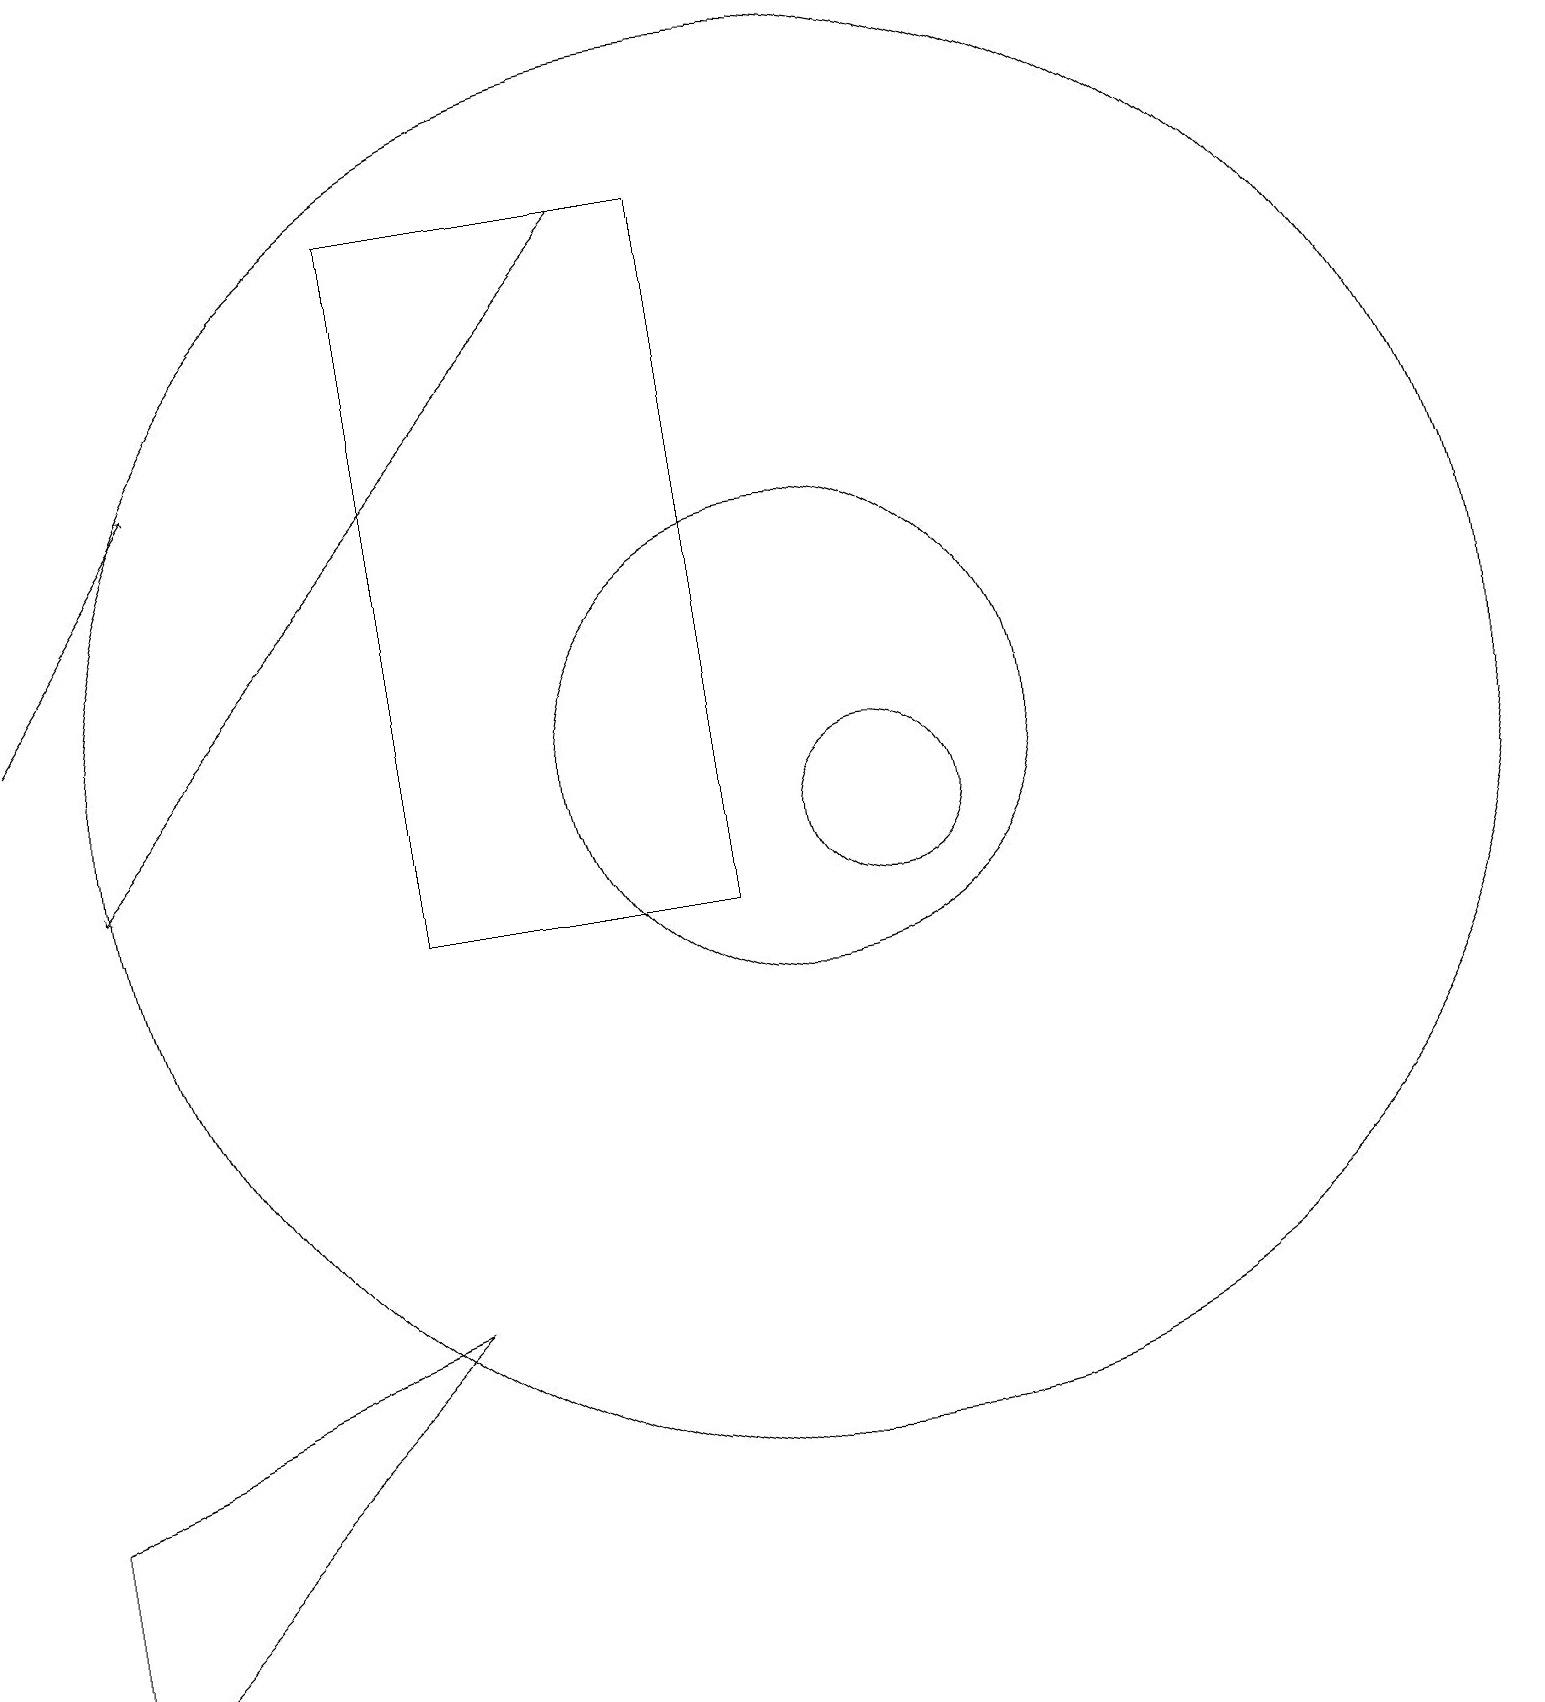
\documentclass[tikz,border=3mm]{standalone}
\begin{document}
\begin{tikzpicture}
\draw (5,5) -- (0,0) -- (0,3) -- cycle;
\draw[->] (0,13) -- (2,16);
\draw (11,11) circle (1);
\draw[->] (8,19) -- (1,11);
\draw (10,12) circle (3);
\draw (5,19) rectangle (9,10);
\draw (10,12) circle (9);
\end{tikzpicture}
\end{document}